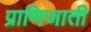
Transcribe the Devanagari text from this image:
प्राणिजाती